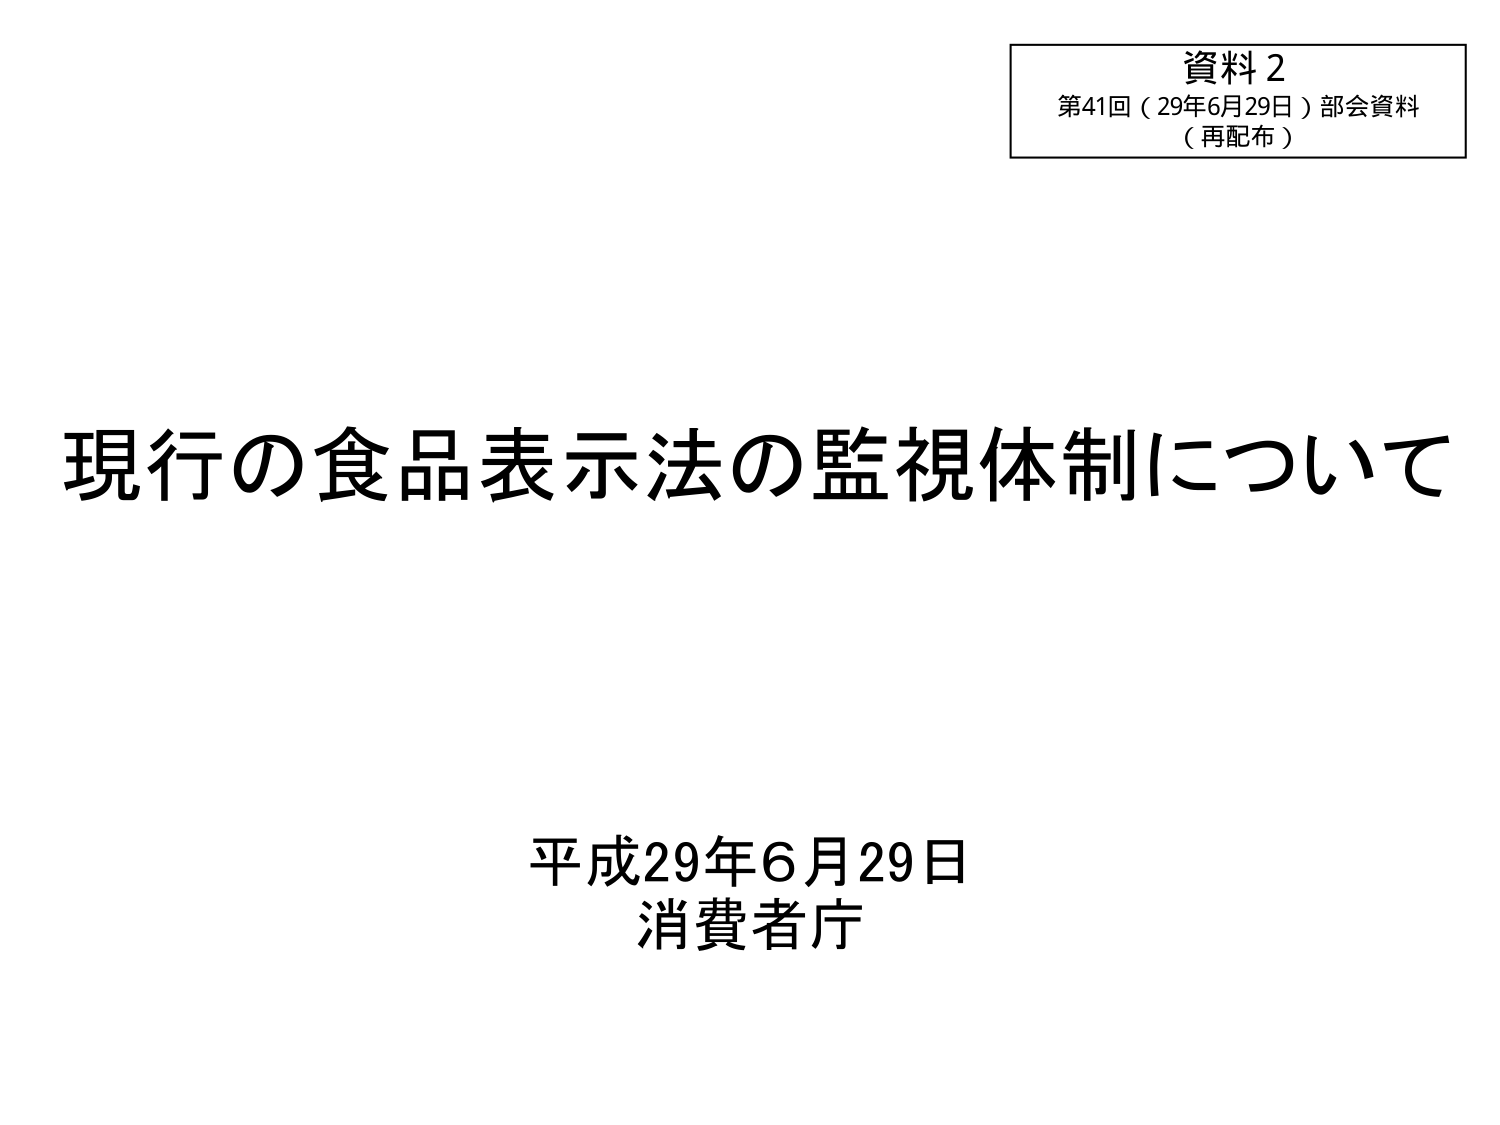
資料２
第41回（29年6月29日）部会資料
（再配布）

現行の食品表示法の監視体制について

平成29年6月29日
消費者庁